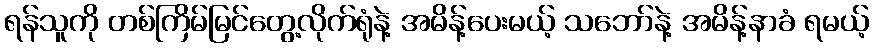
ရန်သူကို တစ်ကြိမ်မြင်တွေ့လိုက်ရုံနဲ့ အမိန့်ပေးမယ့် သဘော်နဲ့ အမိန့်နာခံ ရမယ့်